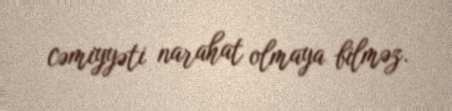
cəmiyyəti narahat olmaya bilməz.